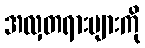
အလှတရားများကို